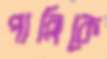
পান্নিকে